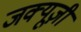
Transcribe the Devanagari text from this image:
जक्यूज़ी